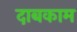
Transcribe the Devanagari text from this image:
दाबकाम